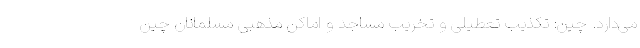
می‌دارد. چین: تکذیب تعطیلی و تخریب مساجد و اماکن مذهبی مسلمانان چین